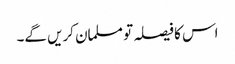
اس کا فیصلہ تو مسلمان کریں گے۔